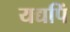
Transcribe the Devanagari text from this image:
यद्यपिं